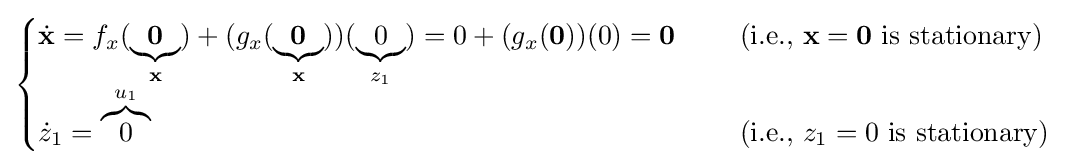
{\begin{cases}{\dot {\mathbf {x} }}=f_{x}(\underbrace {\mathbf {0} } _{\mathbf {x} })+(g_{x}(\underbrace {\mathbf {0} } _{\mathbf {x} }))(\underbrace {0} _{z_{1}})=0+(g_{x}(\mathbf {0} ))(0)=\mathbf {0} &\quad {\text{ (i.e., }}\mathbf {x} =\mathbf {0} {\text{ is stationary)}}\\{\dot {z}}_{1}=\overbrace {0} ^{u_{1}}&\quad {\text{ (i.e., }}z_{1}=0{\text{ is stationary)}}\end{cases}}